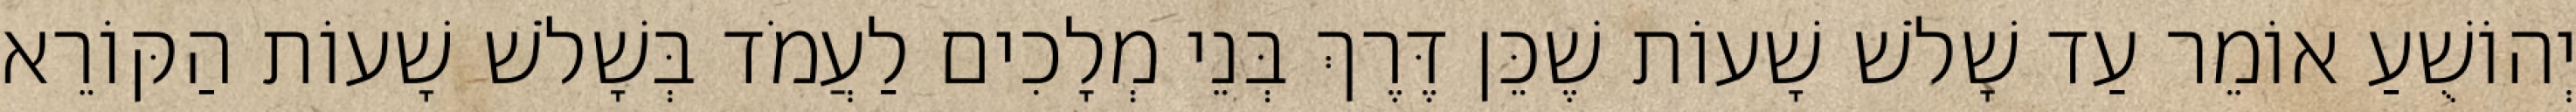
יְהוֹשֻׁעַ אוֹמֵר עַד שָׁלֹשׁ שָׁעוֹת שֶׁכֵּן דֶּרֶךְ בְּנֵי מְלָכִים לַעֲמֹד בְּשָׁלֹשׁ שָׁעוֹת הַקּוֹרֵא